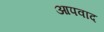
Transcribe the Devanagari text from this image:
आपवाद